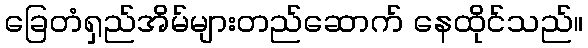
ခြေတံရှည်အိမ်များတည်ဆောက် နေထိုင်သည်။